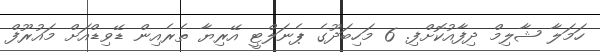
ހަމަލާ ޝާލިމް ދިފާއުކޮށްފި. 6 މަހިބަދޫގެ ޕެނަލްޓީ އޭރިޔާ ތެރެއިން ޑޭވިޑްއަށް މައުރޫފް